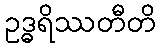
ဥဒ္ဓရိဿတီတိ